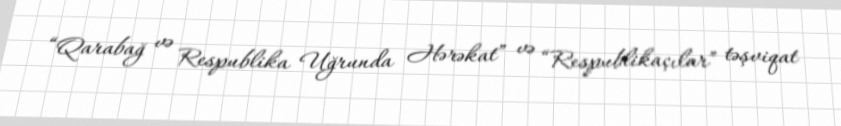
“Qarabağ və Respublika Uğrunda Hərəkat” və “Respublikaçılar” təşviqat